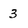
Character: 3